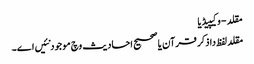
مقلد - وکیپیڈیا
مقلد لفظ دا ذکر قرآن یا صحیح احادیث وچ موجود نئیں ا‏‏ے۔